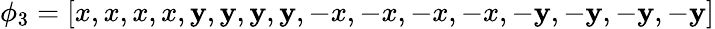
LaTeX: \phi_{3}=[x,x,x,x,\mathbf{y},\mathbf{y},\mathbf{y},\mathbf{y},-x,-x,-x,-x,-\mathbf{y},-\mathbf{y},-\mathbf{y},-\mathbf{y}]